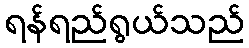
ရန်ရည်ရွယ်သည်